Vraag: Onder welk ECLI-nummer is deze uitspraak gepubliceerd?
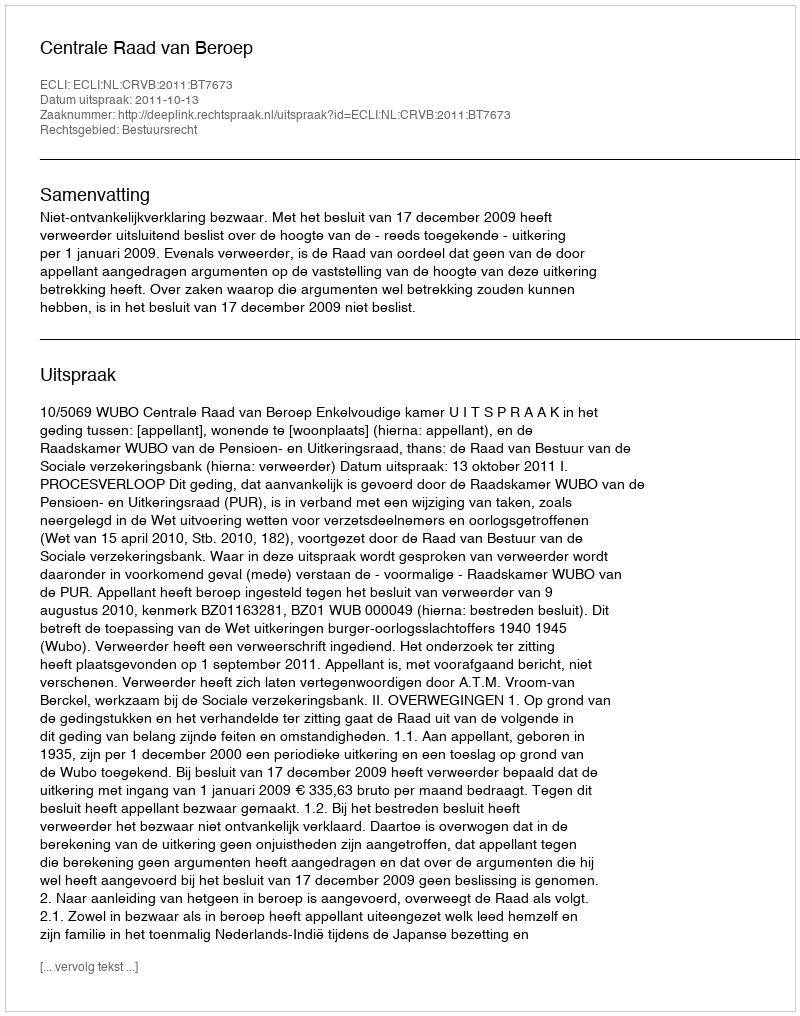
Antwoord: ECLI:NL:CRVB:2011:BT7673